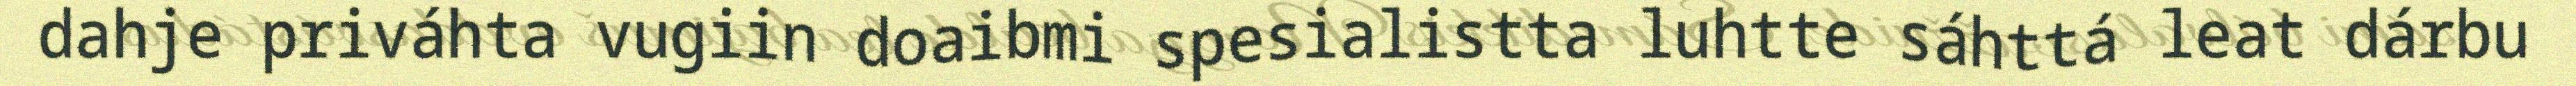
dahje priváhta vugiin doaibmi spesialistta luhtte sáhttá leat dárbu